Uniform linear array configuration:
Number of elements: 4
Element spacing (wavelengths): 0.25
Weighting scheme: hamming
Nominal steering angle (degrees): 45
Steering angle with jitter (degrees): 44.077
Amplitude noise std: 0.05
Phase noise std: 0.05

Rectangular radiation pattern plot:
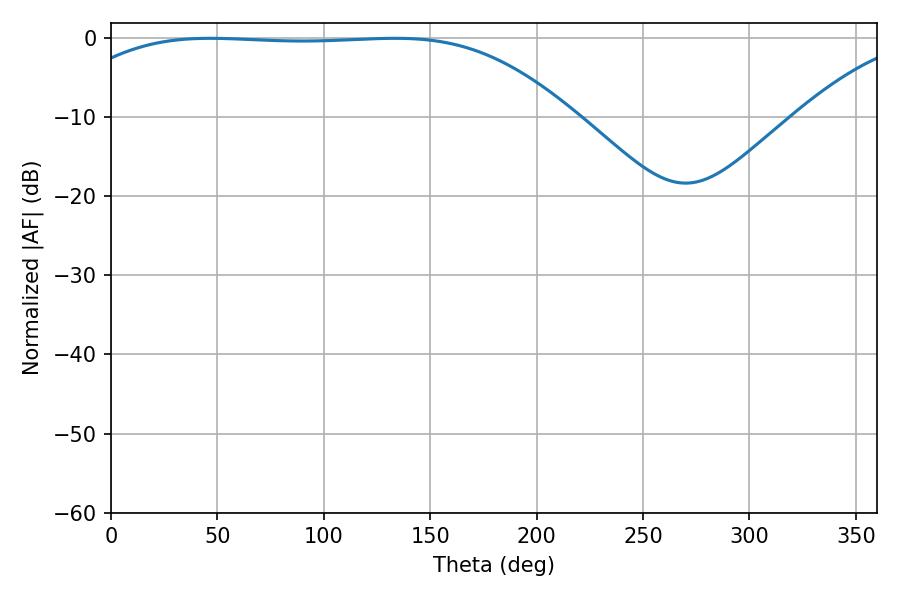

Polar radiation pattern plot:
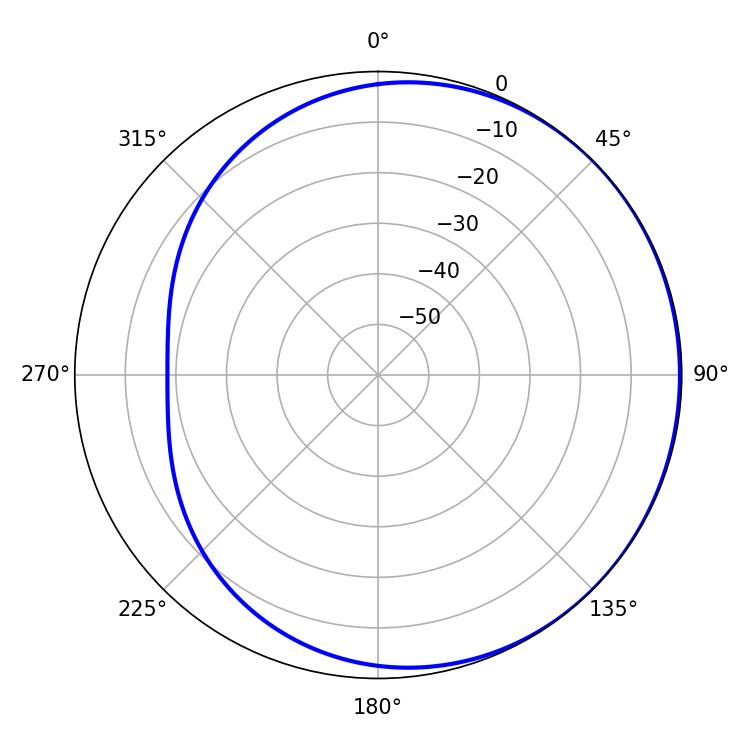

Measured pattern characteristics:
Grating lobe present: FALSE
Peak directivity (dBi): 0.6229
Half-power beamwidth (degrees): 183.96
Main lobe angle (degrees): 46.62